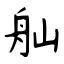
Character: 舢